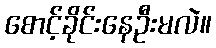
စောင့်ခိုင်းနေဦးမလဲ။